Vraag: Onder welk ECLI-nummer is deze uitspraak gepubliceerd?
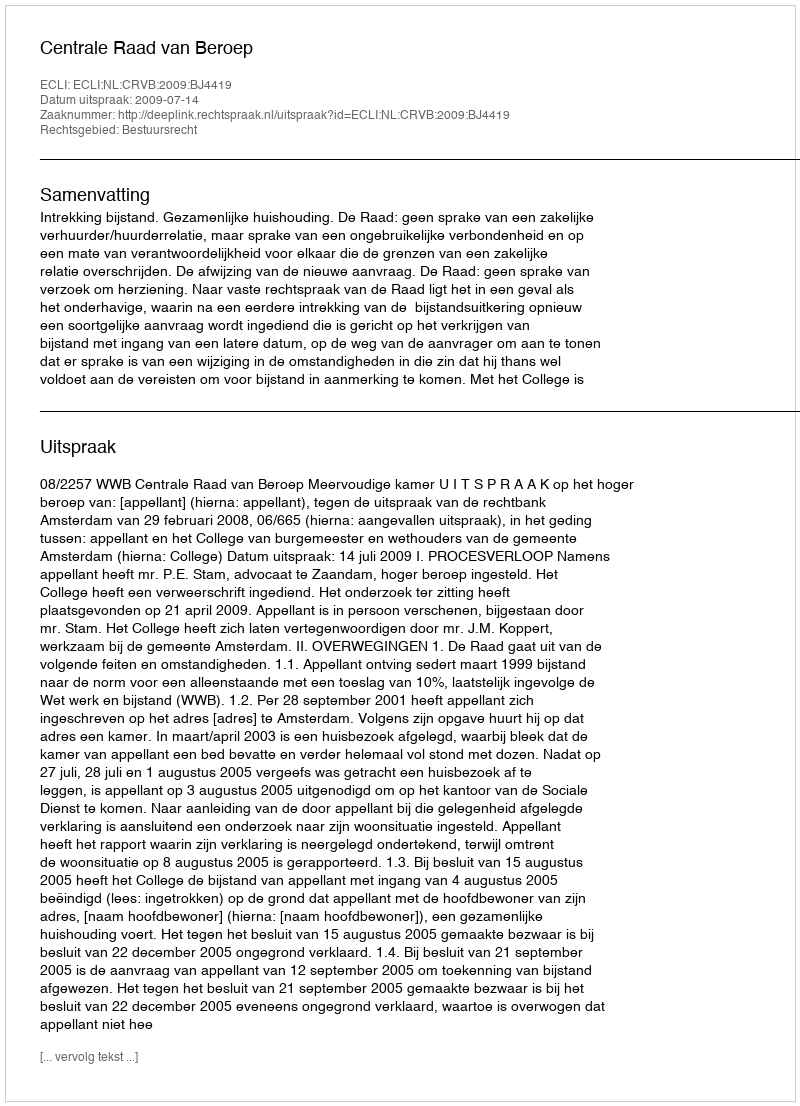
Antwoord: ECLI:NL:CRVB:2009:BJ4419